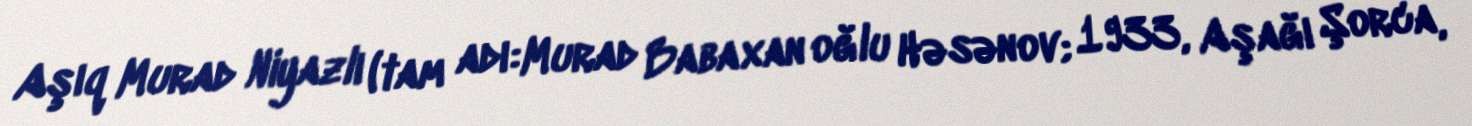
Aşıq Murad Niyazlı (tam adı:Murad Babaxan oğlu Həsənov; 1933, Aşağı Şorca,